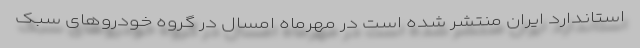
استاندارد ایران منتشر شده است در مهرماه امسال در گروه خودروهای سبک